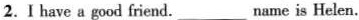
2.I have a good friend. ___ name is Helen.